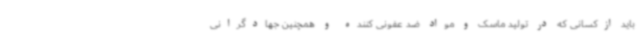
باید ازکسانی که در تولید ماسک و مواد ضد عفونی کننده و همچنین جهادگرانی